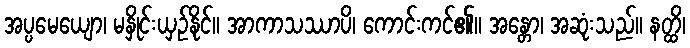
အပ္ပမေယျော၊ မနှိုင်းယှဉ်နိုင်။ အာကာသဿာပိ၊ ကောင်းကင်၏။ အန္တော၊ အဆုံးသည်။ နတ္ထိ၊